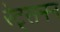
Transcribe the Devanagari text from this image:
रेट्समन